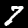
Label: 7